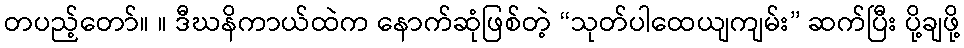
တပည့်တော်။ ။ ဒီဃနိကာယ်ထဲက နောက်ဆုံဖြစ်တဲ့ “သုတ်ပါထေယျကျမ်း” ဆက်ပြီး ပို့ချဖို့